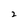
Character: 2